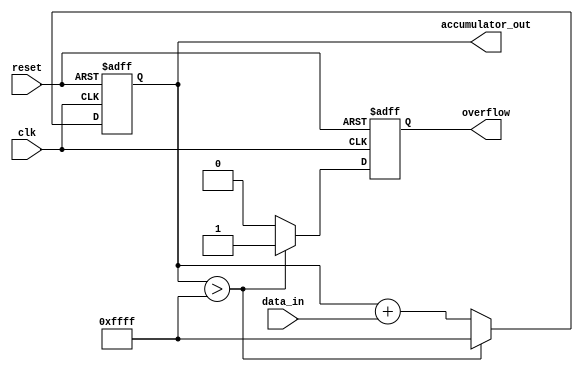
module accumulator (
    input wire clk, // clock signal
    input wire reset, // reset signal
    input wire [7:0] data_in, // input data values
    output reg [15:0] accumulator_out, // accumulated value
    output reg overflow // overflow signal
);

reg [15:0] accumulator; // accumulator register

always @(posedge clk or posedge reset) begin
    if (reset) begin
        accumulator <= 16'b0; // clear accumulator value
        overflow <= 1'b0; // clear overflow signal
    end else begin
        accumulator <= accumulator + data_in; // accumulate input data values
        if (accumulator > 16'b1111111111111111) begin
            accumulator <= 16'b1111111111111111; // saturation handling
            overflow <= 1'b1; // set overflow signal
        end else begin
            overflow <= 1'b0; // clear overflow signal
        end
    end
end

assign accumulator_out = accumulator;

endmodule